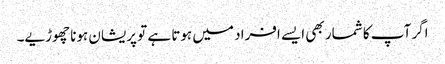
اگر آپ کا شمار بھی ایسے افراد میں ہوتا ہے تو پریشان ہونا چھوڑیے۔